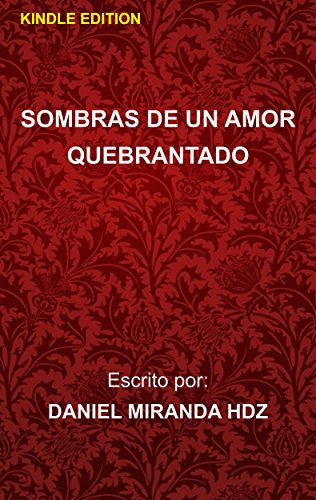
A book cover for Sombras de un amor quebrantado: Shadows of a broken love (Spanish Edition); Daniel Miranda; Teen & Young Adult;